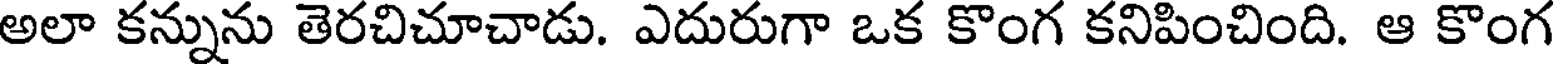
అలా కన్నును తెరచిచూచాడు. ఎదురుగా ఒక కొంగ కనిపించింది. ఆ కొంగ